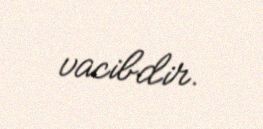
vacibdir.